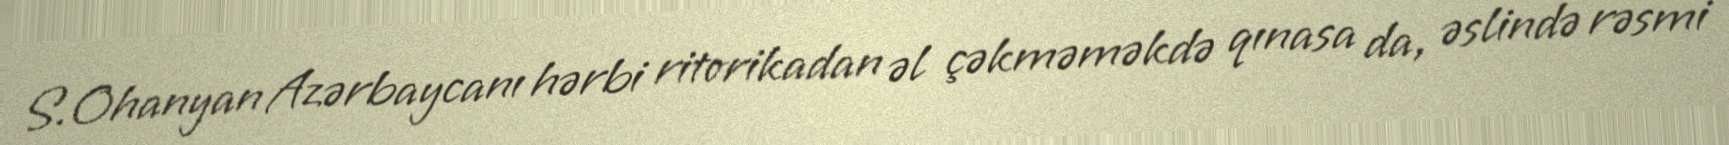
S.Ohanyan Azərbaycanı hərbi ritorikadan əl çəkməməkdə qınasa da, əslində rəsmi